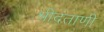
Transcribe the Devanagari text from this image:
श्रीदंताणी